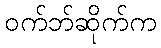
ဝက်ဘ်ဆိုက်က